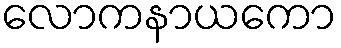
လောကနာယကော